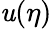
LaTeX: \mathit{u}(\eta)